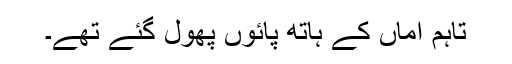
تاہم اماں کے ہاتھ پائوں پھول گئے تھے۔